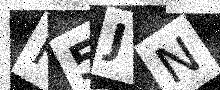
Text: K5JN